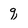
Character: q